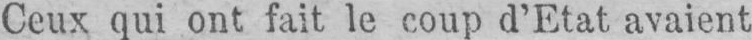
Ceux qui ont fait le coup d’Etat avaient